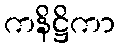
ကနိဋ္ဌိကာ